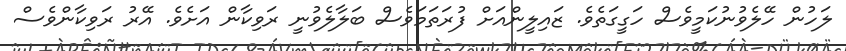
ލަހުން ހޭލެވުނުކަމީވެސް ހަގީގަތެވެ. ޒައިލީންއަށް ފުރަތަމަވެސް ބަލާލެވުނީ ރަވިކާން އަށެވެ. އޭރު ރަވިކާންވެސް